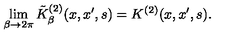
\lim _ { \beta \rightarrow 2 \pi } \tilde { K } _ { \beta } ^ { ( 2 ) } ( x , x ^ { \prime } , s ) = K ^ { ( 2 ) } ( x , x ^ { \prime } , s ) .